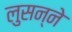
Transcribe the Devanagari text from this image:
लुसन्ने